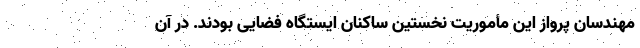
مهندسان پرواز این مأموریت نخستین ساکنان ایستگاه فضایی بودند. در آن